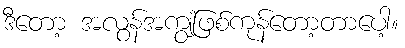
ဒီတော့ အလွန်အကျွံဖြစ်ကုန်တော့တာပေါ့။